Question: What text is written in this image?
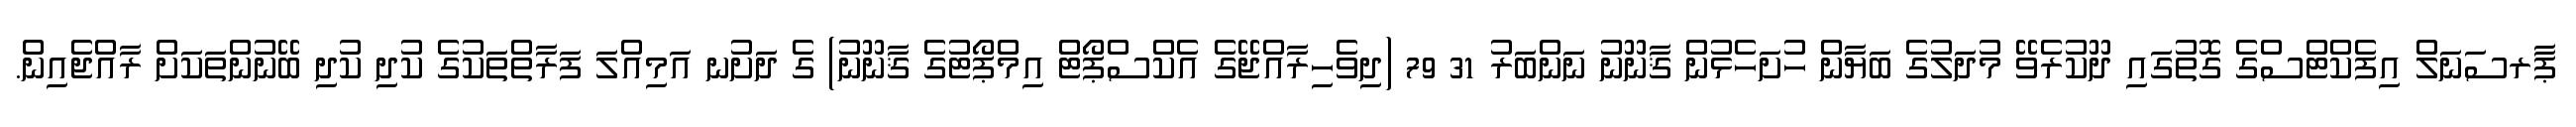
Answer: ޕާރސަނަލް އިފެކްޓްސްގެ ގޮތުގައި ދޫކުރެވޭ މުދަލުގެ ބަޔާން ހުށަހެޅުން ޤާނޫނު ނަންބަރު 31 79 (ދިވެހިރާއްޖޭގެ އެކްސްޕޯޓް އިމްޕޯޓުގެ ޤާނޫނު) ގެ ދަށުނ އަމިއްލަ ފަރާތްތަކުގެ ކުދި ކުދި ބޭނުންތަކަށް ރާއްޖެއިން.